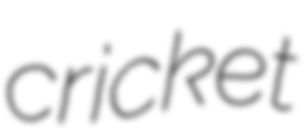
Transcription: cricket